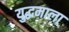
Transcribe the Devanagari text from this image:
युद्धमाला